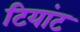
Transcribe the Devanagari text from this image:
टियांट